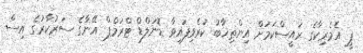
ޕީ އެމެރިކާގެ ރައީސްކަމަށް އިންތިޚާބު ކުރެވިފައިވާ ޑޮނަލްޑް ޓްރަމްޕް އޭނާގެ ސަރުކާރުގެ އިސް